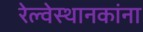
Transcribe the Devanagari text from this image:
रेल्वेस्थानकांना